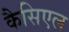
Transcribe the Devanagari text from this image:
कैसिएल